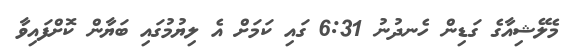
މެލޭޝިއާގެ ގަޑިން ހެނދުނު 6:31 ގައި ކަމަށް އެ ލިޔުމުގައި ބަޔާން ކޮށްފައިވާ